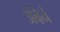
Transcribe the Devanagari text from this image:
अंबेने